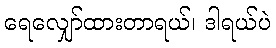
ရေလျှော်ထားတာရယ်၊ ဒါရယ်ပဲ